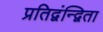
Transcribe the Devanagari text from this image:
प्रतिद्वंन्द्विता